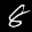
Label: 8